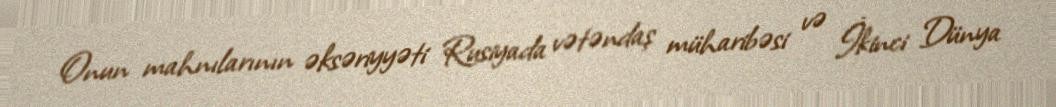
Onun mahnılarının əksəriyyəti Rusiyada vətəndaş müharibəsi və İkinci Dünya